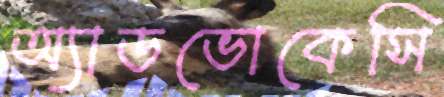
অ্যাডভোকেসি